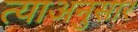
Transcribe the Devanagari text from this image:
त्याअनुसार